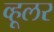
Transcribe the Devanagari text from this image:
व्हूलर